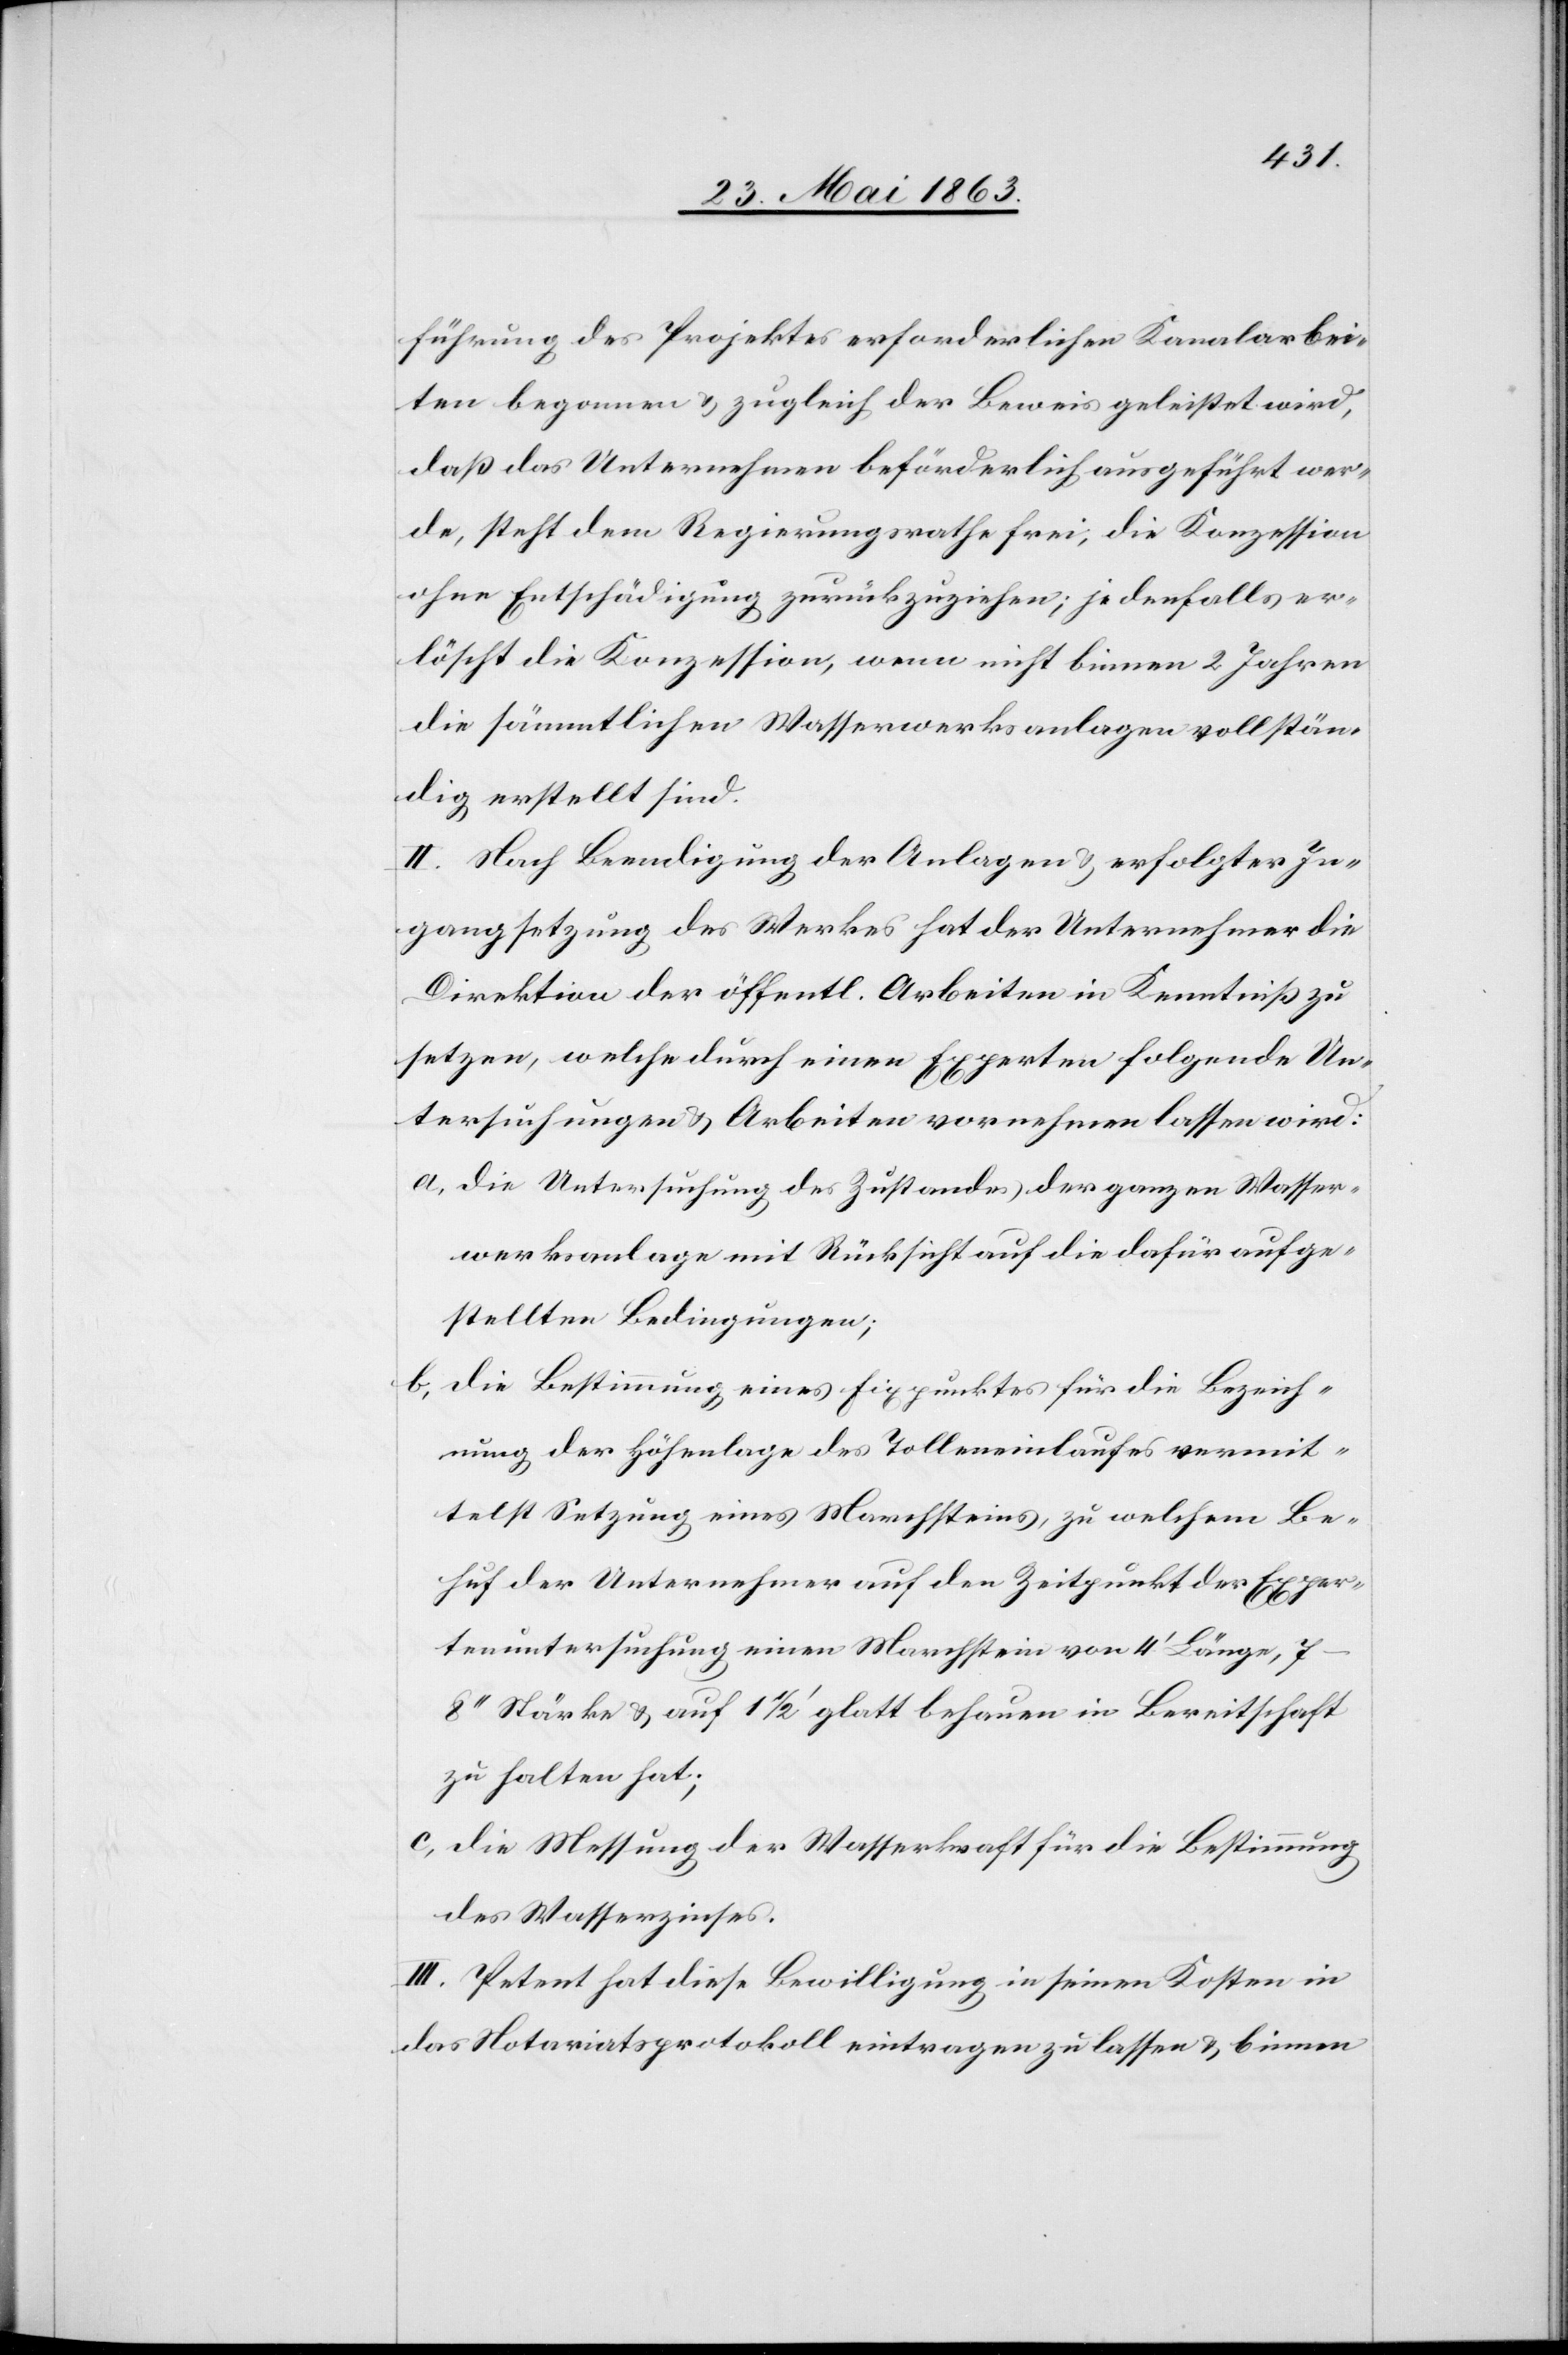
führung des Projektes erforderlichen Kanalarbei¬
ten begonnen & zugleich der Beweis geleistet wird,
daß das Unternehmen beförderlich ausgeführt wer¬
de, steht dem Regierungsrathe frei, die Konzession
ohne Entschädigung zurückzuziehen; jedenfalls er¬
löscht die Konzession, wenn nicht binnen 2 Jahren
die sämmtlichen Wasserwerksanlagen vollstän¬
dig erstellt sind.
II. Nach Beendigung der Anlagen & erfolgter In¬
gangsetzung des Werkes hat der Unternehmer die
Direktion der öffentl. Arbeiten in Kenntniß zu
setzen, welche durch einen Experten folgende Un¬
tersuchungen & Arbeiten vornehmen lassen wird:
a) die Untersuchung des Zustandes der ganzen Wasser¬
werksanlage mit Rücksicht auf die dafür aufge¬
stellten Bedingungen;
b) die Bestimmung eines Fixpunktes für die Bezeich¬
nung der Höhenlage des Tolleneinlaufes vermit¬
telst Setzung eines Marchsteins, zu welchem Be¬
huf der Unternehmer auf den Zeitpunkt der Exper¬
tenuntersuchung einen Marchstein von 4' Länge,
Stärke & auf 1 1/2' glatt behauen in Bereitschaft
zu halten hat;
c) die Messung der Wasserkraft für die Bestimmung
des Wasserzinses.
III. Petent hat diese Bewilligung in seinen Kosten in
das Notariatsprotokoll eintragen zu lassen & binnen